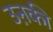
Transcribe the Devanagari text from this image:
उऩकी